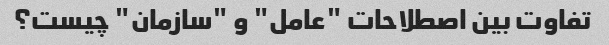
تفاوت بین اصطلاحات "عامل" و "سازمان" چیست؟